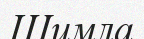
Шимла